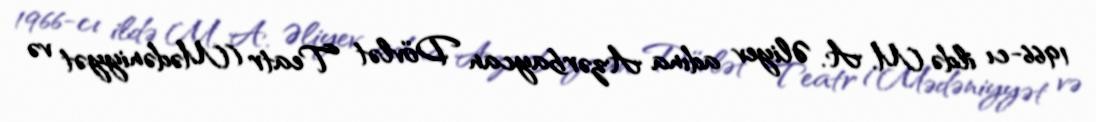
1966-cı ildə M. A. Əliyev adına Azərbaycan Dövlət Teatr (Mədəniyyət və